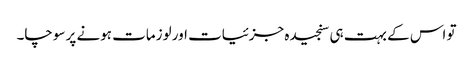
تو اس کے بہت ہی سنجیدہ جزئیات اور لوزمات ہونے پر سوچا۔